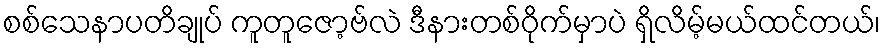
စစ်သေနာပတိချုပ် ကူတူဇော့ဗ်လဲ ဒီနားတစ်ဝိုက်မှာပဲ ရှိလိမ့်မယ်ထင်တယ်၊